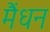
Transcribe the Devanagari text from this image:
मैंधन